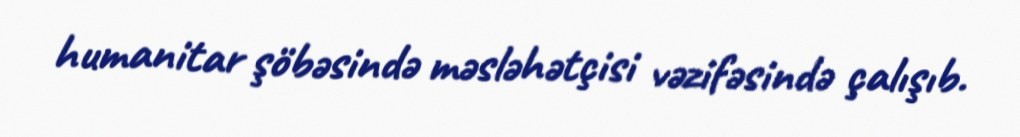
humanitar şöbəsində məsləhətçisi vəzifəsində çalışıb.